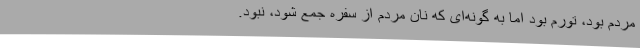
مردم بود، تورم بود اما به گونه‌ای که نان مردم از سفره جمع شود، نبود.